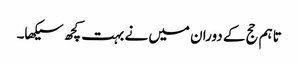
تاہم حج کے دوران میں نے بہت کچھ سیکھا۔